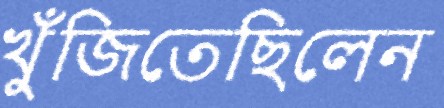
খুঁজিতেছিলেন